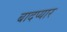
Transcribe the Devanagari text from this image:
बादप्यार